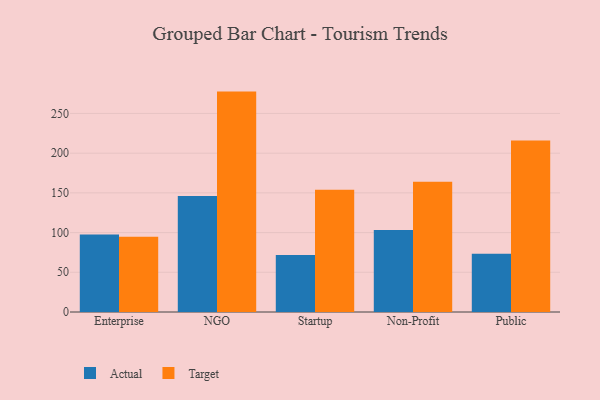
{"axis": {"x": "Segment", "y": "Demand Index"}, "legend": ["Actual", "Target"], "data": [{"x": "Enterprise", "y": 97.7, "type": "Actual"}, {"x": "Enterprise", "y": 94.7, "type": "Target"}, {"x": "NGO", "y": 146.2, "type": "Actual"}, {"x": "NGO", "y": 277.5, "type": "Target"}, {"x": "Startup", "y": 71.9, "type": "Actual"}, {"x": "Startup", "y": 153.9, "type": "Target"}, {"x": "Non-Profit", "y": 103.2, "type": "Actual"}, {"x": "Non-Profit", "y": 164.0, "type": "Target"}, {"x": "Public", "y": 73.4, "type": "Actual"}, {"x": "Public", "y": 215.9, "type": "Target"}]}